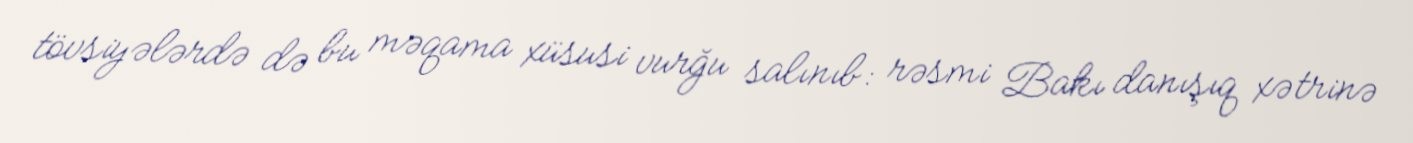
tövsiyələrdə də bu məqama xüsusi vurğu salınıb: rəsmi Bakı danışıq xətrinə